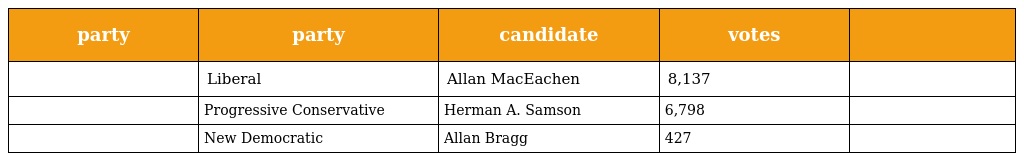
| party | party | candidate | votes |  |
 | --- | --- | --- | --- | --- |
 |  | Liberal | Allan MacEachen | 8,137 |  |
 |  | Progressive Conservative | Herman A. Samson | 6,798 |  |
 |  | New Democratic | Allan Bragg | 427 |  |